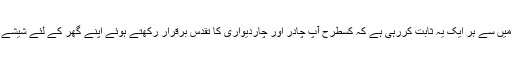
نیچے دی گئی 11 مثالوں میں سے ہر ایک یہ ثابت کررہی ہے کہ کسطرح آپ چادر اور چاردیواری کا تقدس برقرار رکھتے ہوئے اپنے گھر کے لئے شیشے کا استعمال کرسکتے ہیں ۔